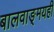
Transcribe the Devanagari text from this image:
बालवाङ्‌मयही